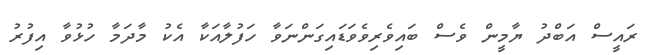
ރައީސް އަބްދު ޔާމީން ވެސް ބައިވެރިވެވަޑައިގަންނަވާ ހަފުލާއަކާ އެކު މާދަމާ ހުޅުވާ އިފުރު